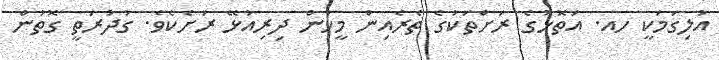
އުލިގަމަކީ ހއ. އަތޮޅުގެ ރަށްތަކުގެ ތެރެއިން މީހުން ދިރިއުޅޭ ރަށެކެވެ. ގުދުރަތީ ގޮތުން